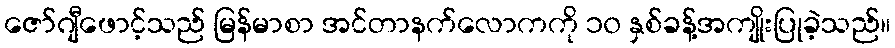
ဇော်ဂျီဖောင့်သည် မြန်မာစာ အင်တာနက်လောကကို ၁၀ နှစ်ခန့်အကျိုးပြုခဲ့သည်။